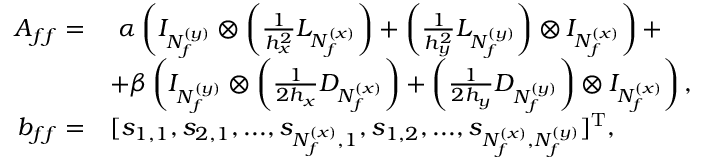
\begin{array} { r l } { A _ { f f } = } & { \ \alpha \left( I _ { N _ { f } ^ { ( y ) } } \otimes \left( \frac { 1 } { h _ { x } ^ { 2 } } L _ { N _ { f } ^ { ( x ) } } \right) + \left( \frac { 1 } { h _ { y } ^ { 2 } } L _ { N _ { f } ^ { ( y ) } } \right) \otimes I _ { N _ { f } ^ { ( x ) } } \right) + } \\ & { + \beta \left( I _ { N _ { f } ^ { ( y ) } } \otimes \left( \frac { 1 } { 2 h _ { x } } D _ { N _ { f } ^ { ( x ) } } \right) + \left( \frac { 1 } { 2 h _ { y } } D _ { N _ { f } ^ { ( y ) } } \right) \otimes I _ { N _ { f } ^ { ( x ) } } \right) , } \\ { b _ { f f } = } & { [ s _ { 1 , 1 } , s _ { 2 , 1 } , . . . , s _ { N _ { f } ^ { ( x ) } , 1 } , s _ { 1 , 2 } , . . . , s _ { N _ { f } ^ { ( x ) } , N _ { f } ^ { ( y ) } } ] ^ { \mathrm { T } } , } \end{array}